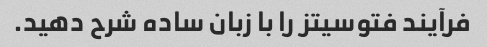
فرآیند فتوسیتز را با زبان ساده شرح دهید.